Rangoon Lunatic Asylum 1878-1892 - 1878-1892
Year: 1878
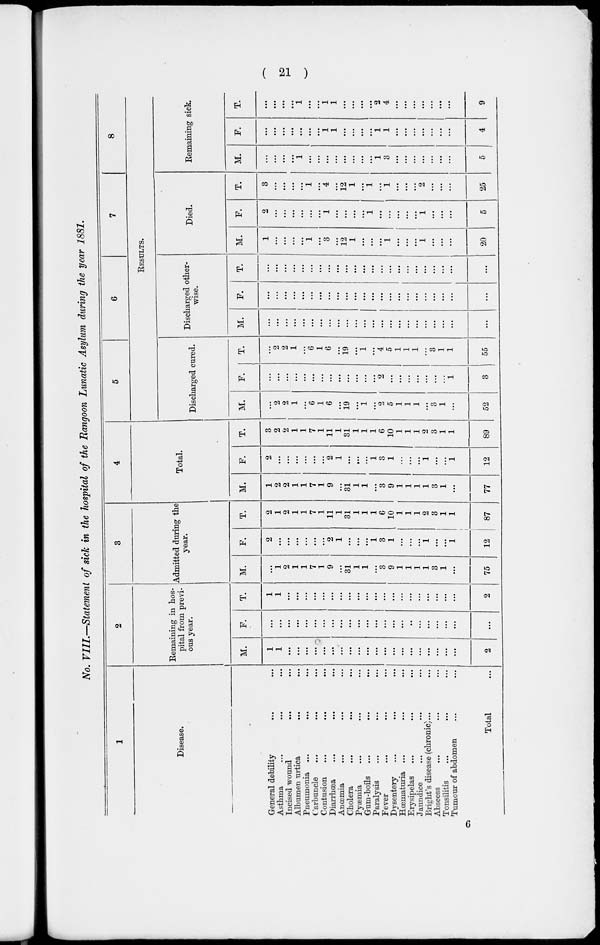
( 21 )
No. VIII.—Statement of sick in the hospital of the Rangoon Lunatic Asylum during the year 1881.
1
Disease.
General debility ... ...
Asthma
...
...
...
Incised wound ... ...
Albumen urtica ... ...
Pneumonia ... ... ...
Carbuncle ... ... ...
Contusion ... ... ...
Diarrhœa ... ... ...
Anœmia ... ... ...
Cholera
...
...
...
Pyæmia ... ... ...
Gum-boils ... ... ...
Paralysis ... ... ...
Fever ... ... ...
Dysentery ... ... ...
Hœmaturia ... ... ...
Erysipelas ... ... ...
Jaundice ... ... ...
Bright's disease (chronic)... ...
Abscess ... ... ...
Tonsilitis ... ... ...
Tumour of abdomen ... ...
Total ...
2
Remaining in hos-
pital from previ-
ous year.
M.
1
1
...
...
...
...
...
...
...
...
...
...
...
...
...
...
...
...
...
...
...
...
2
F.
...
...
...
...
...
...
...
...
...
...
...
...
...
...
...
...
..
...
...
...
...
...
...
T.
1
1
...
...
...
...
...
...
...
...
...
...
...
...
...
...
...
...
...
...
...
...
2
3
Admitted during the
year.
M.
...
1
2
1
1
7
1
9
...
31
1
1
...
3
9
1
1
1
1
3
1
...
75
F.
2
...
...
...
...
...
...
2
1
...
...
...
1
3
1
...
...
...
1
...
...
1
12
T.
2
1
2
1
1
7
1
11
1
31
1
1
1
6
10
1
1
1
2
3
1
1
87
4
Total.
M.
1
2
2
1
1
7
1
9
...
31
1
1
...
3
9
1
1
1
1
3
1
...
77
F.
2
...
...
...
...
...
...
2
1
...
...
...
1
3
1
...
...
...
1
...
...
1
12
T.
3
2
2
1
1
7
1
11
1
31
1
1
1
6
10
1
1
1
2
3
1
1
89
5
6
7
8
RESULTS.
Discharged cured.
M.
...
2
2
1
...
6
1
6
...
19
...
1
...
2
5
1
1
1
...
3
1
...
52
F.
...
...
...
...
...
...
...
...
...
...
...
...
...
2
...
...
...
...
...
...
...
1
3
T.
...
2
2
1
...
6
1
6
...
19
...
1
...
4
5
1
1
1
...
3
1
1
55
Discharged other-
wise.
M.
...
...
...
...
...
...
...
...
...
...
...
...
...
...
...
...
...
...
...
...
...
...
...
F.
...
...
...
...
...
...
...
...
...
...
...
...
...
...
...
...
...
...
...
...
...
...
...
T.
...
...
...
...
...
...
...
...
...
...
...
...
...
...
...
...
...
...
...
...
...
...
...
Died.
M.
1
...
...
...
...
1
...
3
...
12
1
...
...
...
1
...
...
...
1
...
...
...
20
F.
2
...
...
...
...
...
...
1
...
...
...
...
1
...
...
...
...
...
1
...
...
...
5
T.
3
...
...
...
...
1
...
4
...
12
1
...
1
...
1
...
...
...
2
...
...
...
25
Remaining sick.
M.
...
...
...
...
1
...
...
...
...
...
...
...
...
1
3
...
...
...
...
...
...
...
5
F.
...
...
...
...
...
...
...
1
1
...
...
...
...
1
1
...
...
...
...
...
...
...
4
T.
...
...
...
...
1
...
...
1
1
...
...
...
...
2
4
...
...
...
...
...
...
...
9
6